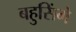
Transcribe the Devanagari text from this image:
बहुसिंगे